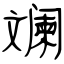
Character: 斓